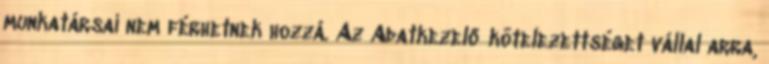
munkatársai nem férhetnek hozzá. Az Adatkezelő kötelezettséget vállal arra,